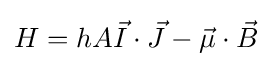
H=hA{\vec {I}}\cdot {\vec {J}}-{\vec {\mu }}\cdot {\vec {B}}